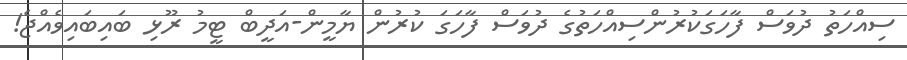
ސިއްހަތު ދުވަސް ފާހަގަކުރުންސިއްހަތުގެ ދުވަސް ފާހަގަ ކުރުން ޔާމީން-އަދީބް ޓީމު ރޫޅި ބައިބައިވެއްޖެ!